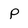
Character: p